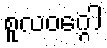
စူလဝဂ္ဂေါ